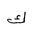
Letter: _kaf